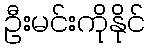
ဦးမင်းကိုနိုင်